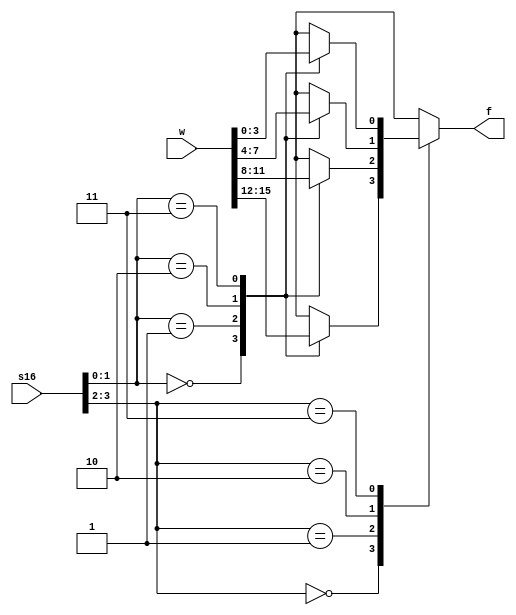
`timescale 1ns / 1ps
//////////////////////////////////////////////////////////////////////////////////
// Company: 
// Engineer: 
// 
// Design Name: 
// Module Name: mux
// Project Name: 
// Target Devices: 
// Tool Versions: 
// Description: 
// 
// Dependencies: 
// 
// Revision:
// Revision 0.01 - File Created
// Additional Comments:
// 
//////////////////////////////////////////////////////////////////////////////////


module mux(w, s16, f);
    
    input [0:15]w;
    input [3:0]s16;
    output f;
    reg f;
    
    always@ (w or s16)
    case(s16[3:2])
    0:mux4(w[0:3], s16[1:0], f);
    1:mux4(w[4:7], s16[1:0], f);
    2:mux4(w[8:11], s16[1:0], f);
    3:mux4(w[12:15], s16[1:0], f);
    endcase
    
    task mux4;
    input [0:3]x;
    input [1:0]s4;
    output g;
    reg g;
    
    case(s4)
    0:g=x[0];
    1:g=x[1];
    2:g=x[2];
    3:g=x[3];
    endcase
    endtask
endmodule